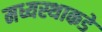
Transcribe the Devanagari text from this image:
मध्यस्थाकडे